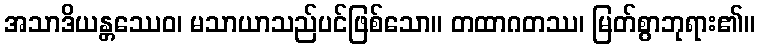
အသာဒိယန္တဿေဝ၊ မသာယာသည်ပင်ဖြစ်သော။ တထာဂတဿ၊ မြတ်စွာဘုရား၏။